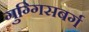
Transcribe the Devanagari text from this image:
गुग्गिसबर्ग